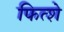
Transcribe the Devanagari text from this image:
फित्शे